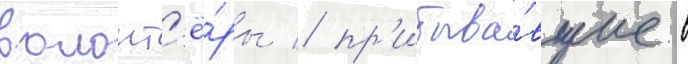
волонт'ё́ры / пр'ибыва́вшие в